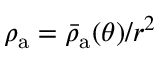
\rho _ { \mathrm { a } } = \bar { \rho } _ { \mathrm { a } } ( \theta ) / r ^ { 2 }